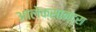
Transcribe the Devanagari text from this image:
आलेक्सान्द्रा